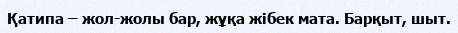
Қатипа – жол-жолы бар, жұқа жібек мата. Барқыт, шыт.